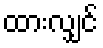
ထားလျှင်